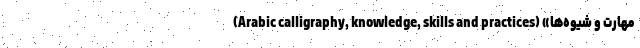
مهارت و شیوه‌ها» (Arabic calligraphy, knowledge, skills and practices)